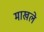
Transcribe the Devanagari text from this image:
माखले